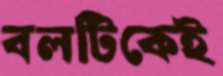
বলটিকেই